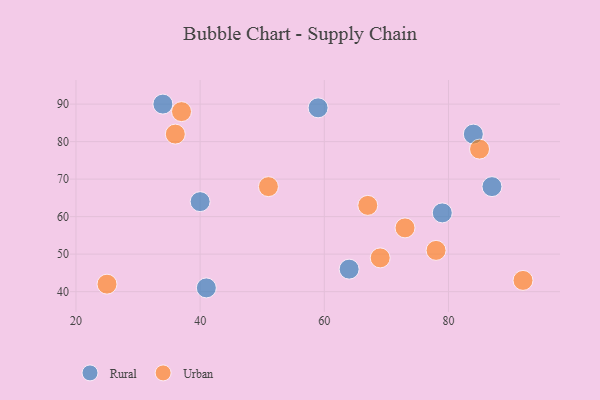
{"axis": {"x": "GDP", "y": "Life Expectancy"}, "legend": ["Rural", "Urban"], "data": [{"x": "34", "y": 90, "type": "Rural"}, {"x": "84", "y": 82, "type": "Rural"}, {"x": "40", "y": 64, "type": "Rural"}, {"x": "79", "y": 61, "type": "Rural"}, {"x": "41", "y": 41, "type": "Rural"}, {"x": "87", "y": 68, "type": "Rural"}, {"x": "59", "y": 89, "type": "Rural"}, {"x": "64", "y": 46, "type": "Rural"}, {"x": "67", "y": 63, "type": "Urban"}, {"x": "85", "y": 78, "type": "Urban"}, {"x": "36", "y": 82, "type": "Urban"}, {"x": "78", "y": 51, "type": "Urban"}, {"x": "73", "y": 57, "type": "Urban"}, {"x": "37", "y": 88, "type": "Urban"}, {"x": "92", "y": 43, "type": "Urban"}, {"x": "69", "y": 49, "type": "Urban"}, {"x": "51", "y": 68, "type": "Urban"}, {"x": "25", "y": 42, "type": "Urban"}]}